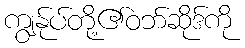
ကျွန်ုပ်တို့၏ဝဘ်ဆိုဒ်ကို